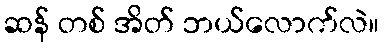
ဆန် တစ် အိတ် ဘယ်လောက်လဲ။